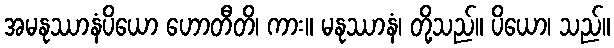
အမနုဿာနံပိယော ဟောတီတိ၊ ကား။ မနုဿာနံ၊ တို့သည်။ ပိယော၊ သည်။